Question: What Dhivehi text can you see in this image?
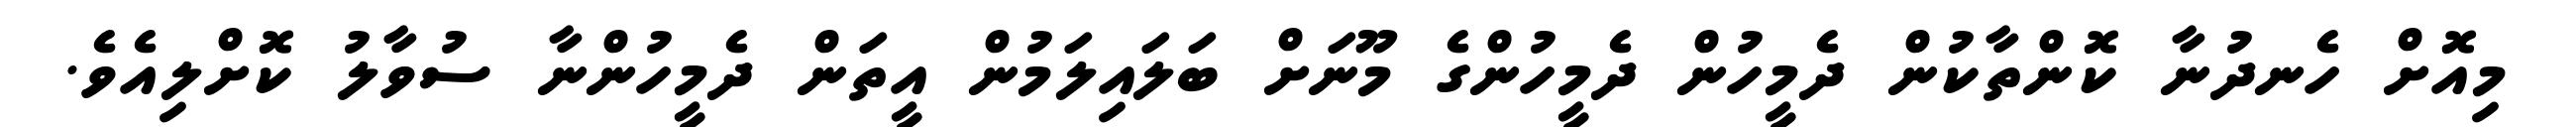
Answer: މިއޮށް ހެނދުނާ ކޮންތާކުން ދެމީހުން ދެމީހުންގެ މޫނަށް ބަލައިލަމުން އީތަން ދެމީހުންނާ ސުވާލު ކޮށްލިއެވެ.